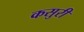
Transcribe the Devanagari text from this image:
कसुरी